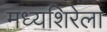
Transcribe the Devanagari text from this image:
मध्यशिरेला